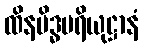
ထိနမိဒ္ဓပရိယုဋ္ဌာနံ